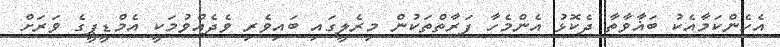
އެހެންކަމާއެކު ބަޣާވާތާ ދެކޮޅު އެންމެހާ ފަރާތްތަކުން މިރެލީގައި ބައިވެރި ވެދެއްވުމަކީ އެމްޑީޕީގެ ވަރަށް